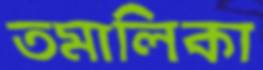
তমালিকা